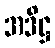
အဒိဋ္ဌ